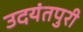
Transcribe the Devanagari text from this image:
उदयंतपुरी